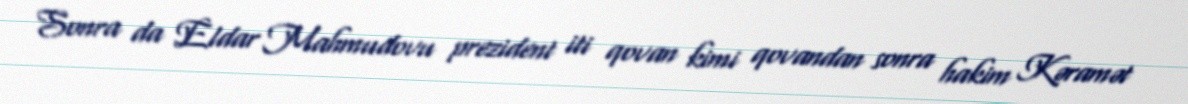
Sonra da Eldar Mahmudovu prezident iti qovan kimi qovandan sonra hakim Kəramət